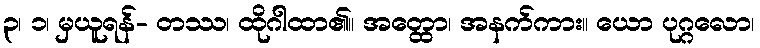
၃၊ ၁၊ မှယူရန်- တဿ၊ ထိုဂါထာ၏။ အတ္ထော၊ အနက်ကား။ ယော ပုဂ္ဂလော၊